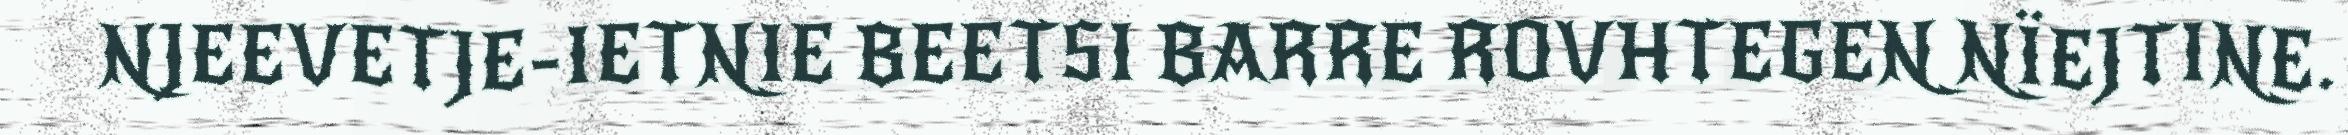
NJEEVETJE-IETNIE BEETSI BARRE ROVHTEGEN NÏEJTINE.